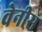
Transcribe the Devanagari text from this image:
वेनीस